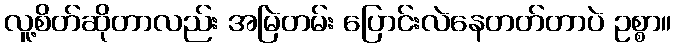
လူ့စိတ်ဆိုတာလည်း အမြဲတမ်း ပြောင်းလဲနေတတ်တာပဲ ဥစ္စာ။